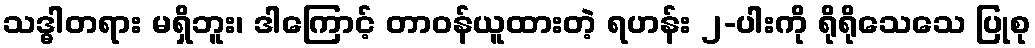
သဒ္ဓါတရား မရှိဘူး၊ ဒါကြောင့် တာဝန်ယူထားတဲ့ ရဟန်း ၂-ပါးကို ရိုရိုသေသေ ပြုစု